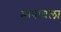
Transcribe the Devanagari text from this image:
मापायला